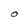
Character: O